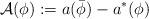
LaTeX: \begin{align*} \mathcal{A}(\phi):= a(\bar\phi) - a^\ast(\phi)\end{align*}